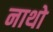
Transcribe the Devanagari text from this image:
नाथो